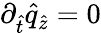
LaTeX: \partial_{\hat{t}}\hat{q}_{\hat{z}}=0